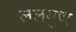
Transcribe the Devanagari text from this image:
ललगुण